Statistical return of the lunatic asylum in Assam - 1912-1932
Year: 1912
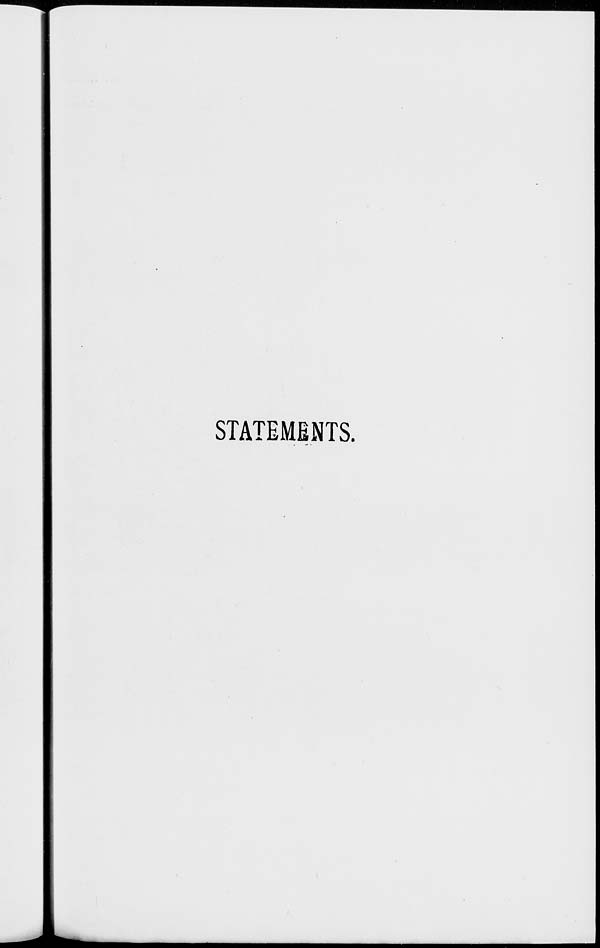
STATEMENTS.